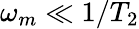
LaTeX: \omega_{m}\ll 1/T_{2}